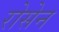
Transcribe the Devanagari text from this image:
रोसेन